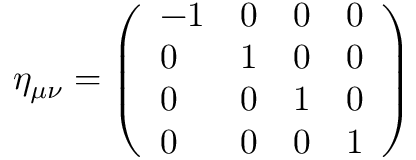
\eta _ { \mu \nu } = \left( { \begin{array} { l l l l } { - 1 } & { 0 } & { 0 } & { 0 } \\ { 0 } & { 1 } & { 0 } & { 0 } \\ { 0 } & { 0 } & { 1 } & { 0 } \\ { 0 } & { 0 } & { 0 } & { 1 } \end{array} } \right)